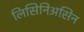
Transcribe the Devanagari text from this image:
लिसिनिअसिन